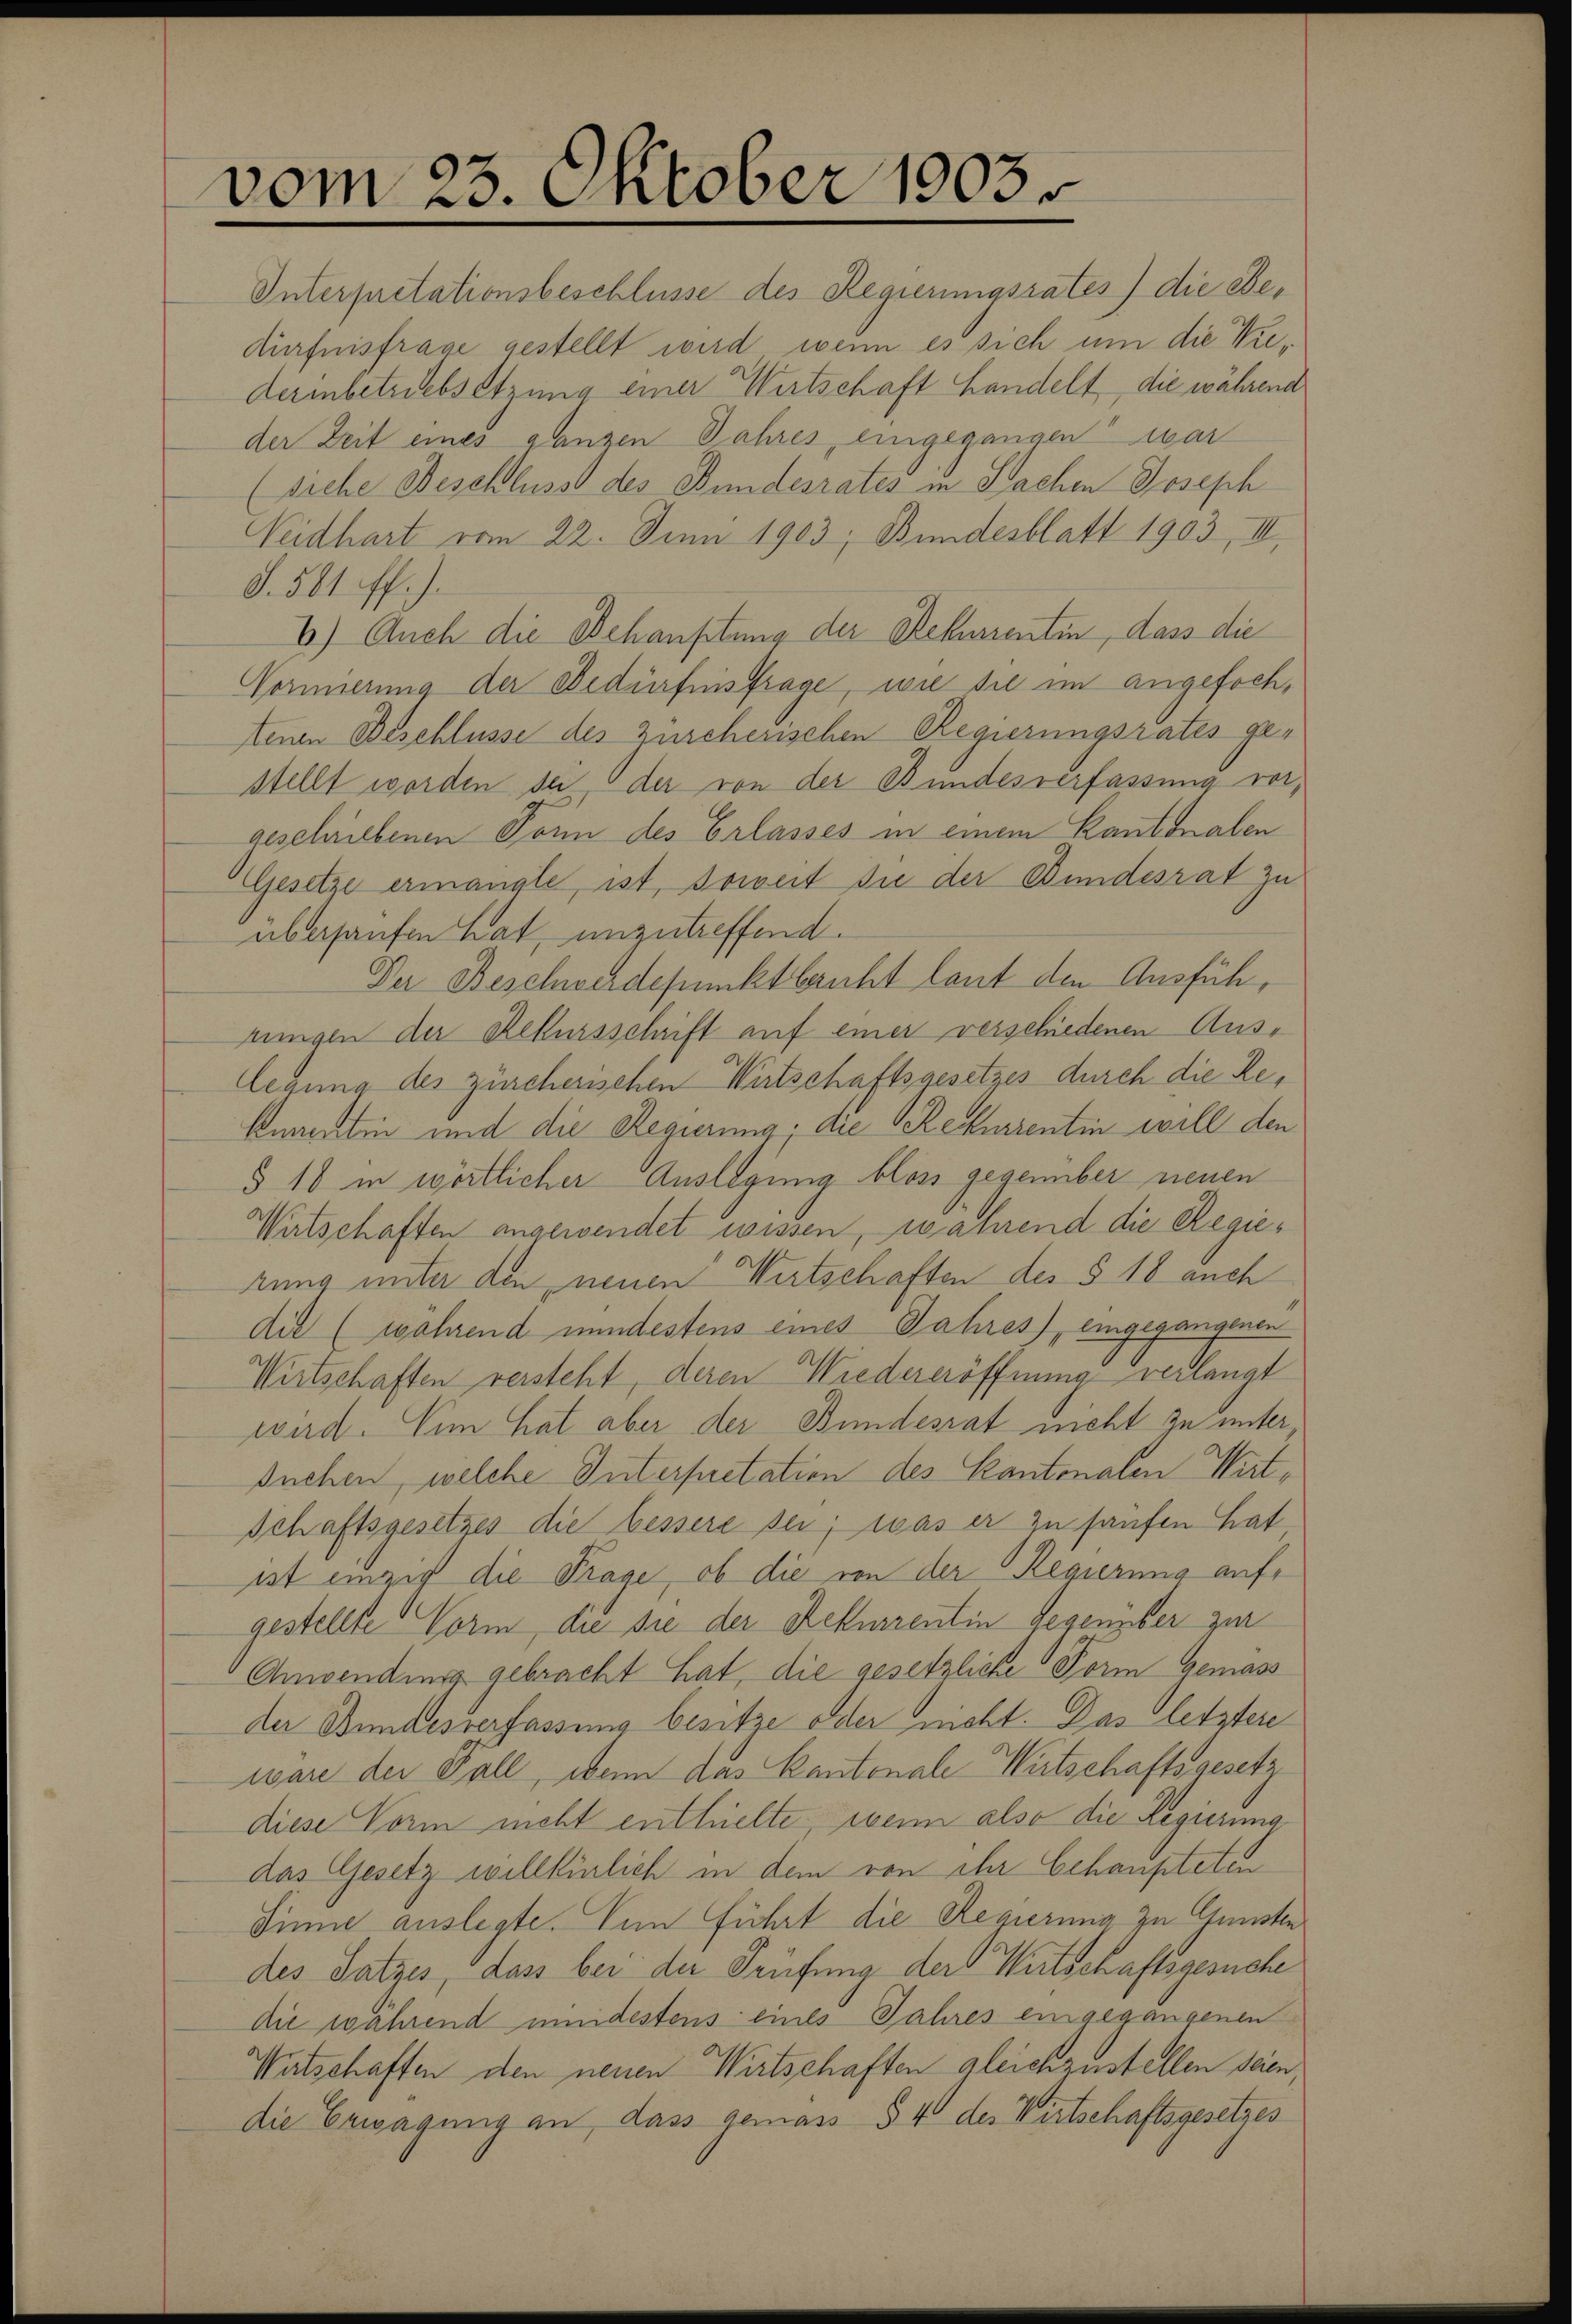
vom 23. Oktober 1903.

Interpretationsbeschlüsse des Regierungsrates) die Bedürfnisfrage gestellt wird, wenn es sich um die Wiederinbetriebsetzung einer Wirtschaft handelt die während
der Zeit eines ganzen Jahres, eingegangen war
(siehe Beschluss des Bundesrates in Sachen Joseph
Neidhart vom 22. Juni 1903; Bundesblatt 1903, III.
S. 581 ff.).
6) Auch die Behauptung der Rekurrentin, dass die
Vormierung der Bedürfnisfrage, wie sie im angefochtenen Beschlüsse des Zürcherischen Regierungsrates gestellt worden sei der von der Bundesverfassung vorgeschriebenen Ponn des Erlasses in einem Kantonalen
Gesetze ermangle, ist, soweit sie der Bundesrat zu
überhaufen hat, unzutreffend.
Der Beschwerdepunkt bericht laut den Ausführungen der Rekursschrift auf einer verschiedenen Auslegung des zürcherischen Wirtschaftsgesetzes durch die Reknanten und die Regierung; die Rekurrentin will den
§ 18 in wörtlicher Auslegung bloss gegenüber neuen
Wirtschaften angewendet wissen, während die Regierung unter den neuen Wirtschaften des § 18 auch
die (während mindestens eines Jahres), eingegangenen
Wirtschaften versteht, deren Wiedereröffnung verlangt
wird. Nim hat aber der Bundesrat nicht zu unter
suchen, welche Interpretation des Kantonalen Wirt¬
Schaftsgesetzes die bessere sei; was er zu haufen hat
ist einzig die Trage, ob die von der Regierung aufgestellte Vorm, die sie der Rekurrentin Gegenüber zur
Anwendung gebracht hat, die gesetzliche Form gemass
der Bundesverfassung besitze oder nicht. Das letztere
wäre der Fall, wenn das Kantonale Wirtschaftsgesetz
diese Vorm nicht enthielte, wenn also die Regierung
das Gesetz willkürlich in dem von ihr behaupteten
Sinne auslegte. Nun führt die Regierung zu Gunsten
des Satzes, dass bei der Prüfung der Wirtschaftsgesuche
die während meidestens eines Jahres eingegangenen
Watschaften den neuen Wirtschaften gleichzustellen seien,
die Erwägung an, dass gemäss § 4 des Wirtschaftsgesetzes